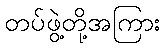
တပ်ဖွဲ့တို့အကြား